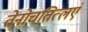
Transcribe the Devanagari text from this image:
तेनोचतित्लएं